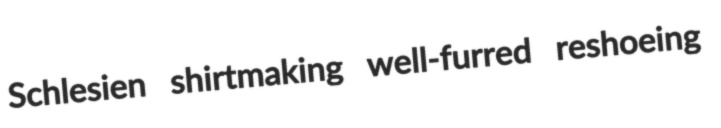
Schlesien shirtmaking well-furred reshoeing